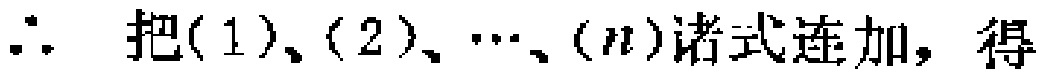
$\therefore$ 把(1)、(2)、$\cdots$、$(n)$诸式连加，得